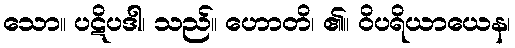
သော။ ပဋိပဒါ၊ သည်။ ဟောတိ၊ ၏။ ဝိပရိယာယေန၊